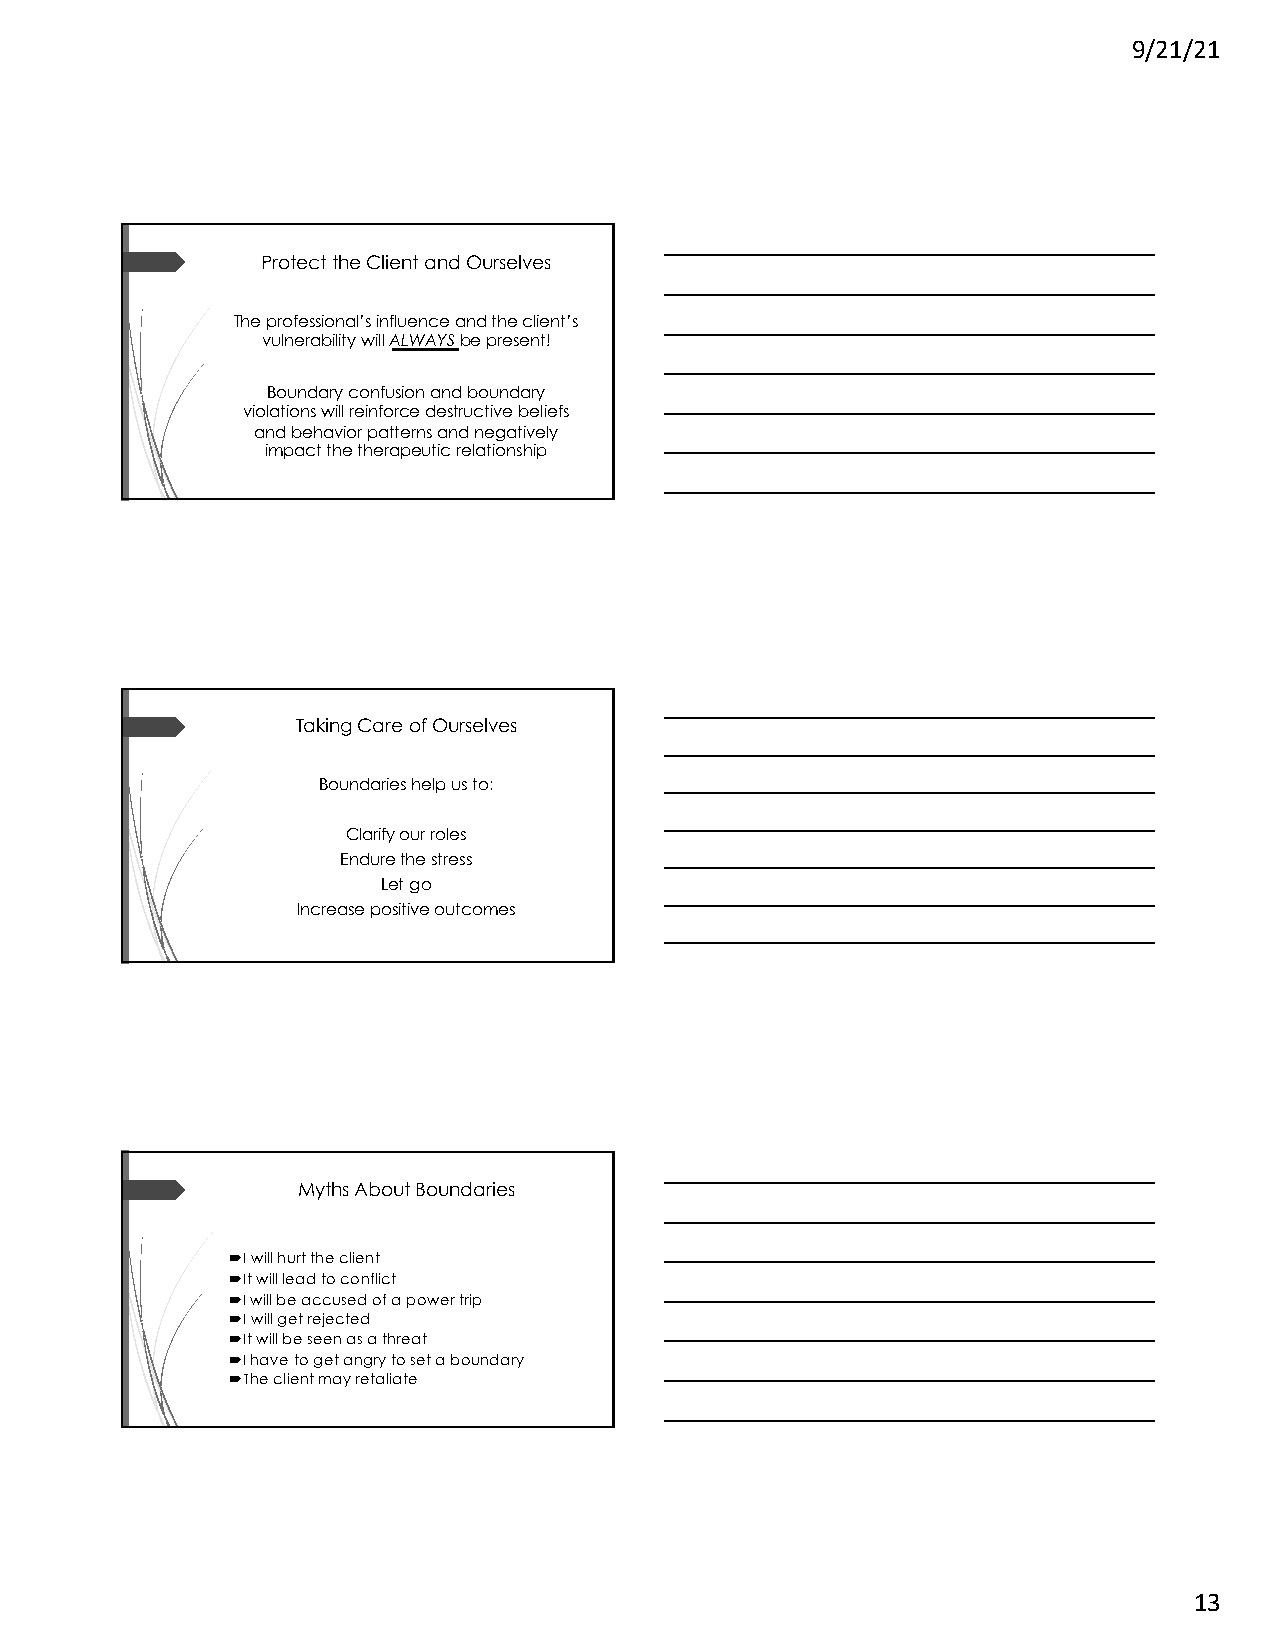
9/21/21
 Protect the Client and Ourselves
 The professional’s influence and the client’s
 vulnerability will ALWAYSbe present!
 Boundary confusion and boundary
 violations will reinforce destructive beliefs
 and behavior patterns and negatively
 impact the therapeutic relationship
 Taking Care of Ourselves
 Boundaries help us to:
 Clarify our roles
 Endure the stress
 Let go
 Increase positive outcomes
 Myths About Boundaries
 ´I will hurt the client
 ´It will lead to conflict
 ´I will be accused of a power trip
 ´I will get rejected
 ´It will be seen as a threat
 ´I have to get angry to set a boundary
 ´The client may retaliate
 13